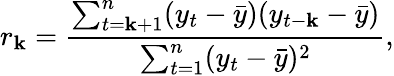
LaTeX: r_{\mathbf{k}}=\frac{{\sum_{t=\mathbf{k}+1}^{n}(y_{t}-\bar{{y}})(y_{t-\mathbf{k}}-\bar{{y}})}}{{\sum_{t=1}^{n}(y_{t}-\bar{{y}})^{2}}},